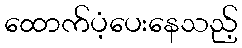
ထောက်ပံ့ပေးနေသည့်